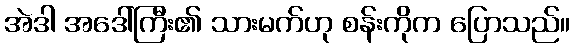
အဲဒါ အဒေါ်ကြီး၏ သားမက်ဟု စန်းကိုက ပြောသည်။